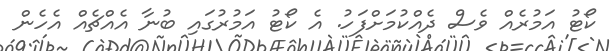
ކޯޓު އަމުރެއް ވެސް ދެއްކުމަށްފަހު. އެ ކޯޓު އަމުރުގައި ބުނާ އެއްޗެއް އެހެން